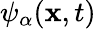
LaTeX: \psi_{\alpha}(\mathbf{x},t)